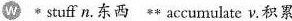
w * stuff n.东西 ** accumulate v.积累